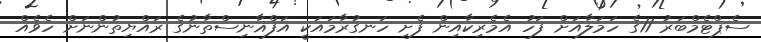
ސެޕްޓެމްބަރު 11ގެ ހަމަލާއަށް ފަހު އެމެރިކާއިން ފެށި ހަނގުރާމައަކީ އަފްޣާނިސްތާނުގެ ރައްޔިތުންނަށް ހެވެއް